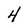
Character: 4